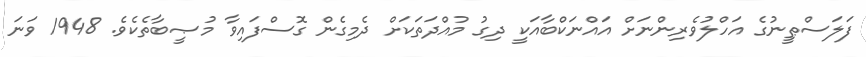
ފަލަސްޠީނުގެ އަހްލުވެރިންނަށް އައްނަކްބާއަކީ ދިގު މުއްދަތަކަށް ދެމިގެން ގޮސްފައިވާ މުޞީބާތެކެވެ. 1948 ވަނަ